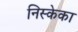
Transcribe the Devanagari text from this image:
निस्केका